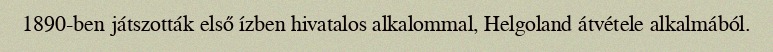
1890-ben játszották első ízben hivatalos alkalommal, Helgoland átvétele alkalmából.